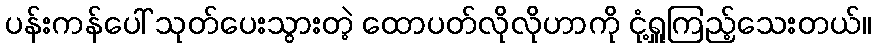
ပန်းကန်ပေါ် သုတ်ပေးသွားတဲ့ ထောပတ်လိုလိုဟာကို ငုံ့ရှူကြည့်သေးတယ်။